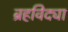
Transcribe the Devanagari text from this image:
ब्रहविद्या